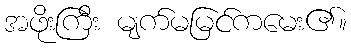
အဖိုးကြီး မျက်မမြင်ကမေး၏။